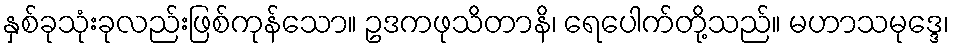
နှစ်ခုသုံးခုလည်းဖြစ်ကုန်သော။ ဥဒကဖုသိတာနိ၊ ရေပေါက်တို့သည်။ မဟာသမုဒ္ဒေ၊